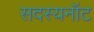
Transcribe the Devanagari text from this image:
सदस्यनॉट